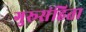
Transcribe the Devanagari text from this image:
गुरूसंहिता